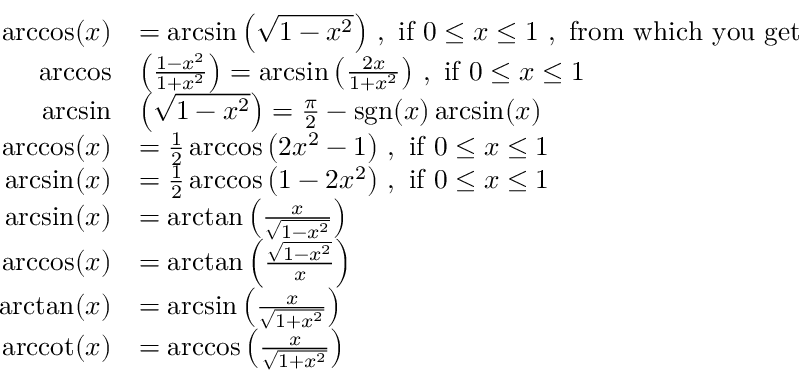
{ \begin{array} { r l } { \operatorname { a r c c o s } ( x ) } & { = \arcsin \left( { \sqrt { 1 - x ^ { 2 } } } \right) \, , { \mathrm { ~ i f ~ } } 0 \leq x \leq 1 { \mathrm { ~ , ~ f r o m ~ w h i c h ~ y o u ~ g e t ~ } } } \\ { \operatorname { a r c c o s } } & { \left( { \frac { 1 - x ^ { 2 } } { 1 + x ^ { 2 } } } \right) = \arcsin \left( { \frac { 2 x } { 1 + x ^ { 2 } } } \right) \, , { \mathrm { ~ i f ~ } } 0 \leq x \leq 1 } \\ { \arcsin } & { \left( { \sqrt { 1 - x ^ { 2 } } } \right) = { \frac { \pi } { 2 } } - \operatorname { s g n } ( x ) \arcsin ( x ) } \\ { \operatorname { a r c c o s } ( x ) } & { = { \frac { 1 } { 2 } } \operatorname { a r c c o s } \left( 2 x ^ { 2 } - 1 \right) \, , { \mathrm { ~ i f ~ } } 0 \leq x \leq 1 } \\ { \arcsin ( x ) } & { = { \frac { 1 } { 2 } } \operatorname { a r c c o s } \left( 1 - 2 x ^ { 2 } \right) \, , { \mathrm { ~ i f ~ } } 0 \leq x \leq 1 } \\ { \arcsin ( x ) } & { = \arctan \left( { \frac { x } { \sqrt { 1 - x ^ { 2 } } } } \right) } \\ { \operatorname { a r c c o s } ( x ) } & { = \arctan \left( { \frac { \sqrt { 1 - x ^ { 2 } } } { x } } \right) } \\ { \arctan ( x ) } & { = \arcsin \left( { \frac { x } { \sqrt { 1 + x ^ { 2 } } } } \right) } \\ { \operatorname { a r c c o t } ( x ) } & { = \operatorname { a r c c o s } \left( { \frac { x } { \sqrt { 1 + x ^ { 2 } } } } \right) } \end{array} }